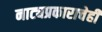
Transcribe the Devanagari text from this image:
नाट्यप्रकाराचेही